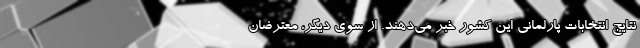
نتایج انتخابات پارلمانی این کشور خبر می‌دهند. از سوی دیگر، معترضان